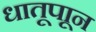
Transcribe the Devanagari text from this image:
धातूपाून